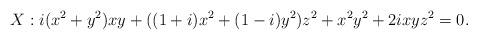
LaTeX: \begin{align*} X : i (x^2 + y^2) x y + ((1 + i) x^2 + (1 - i) y^2) z^2 + x^2 y^2 + 2 i x y z^2 = 0 .\end{align*}